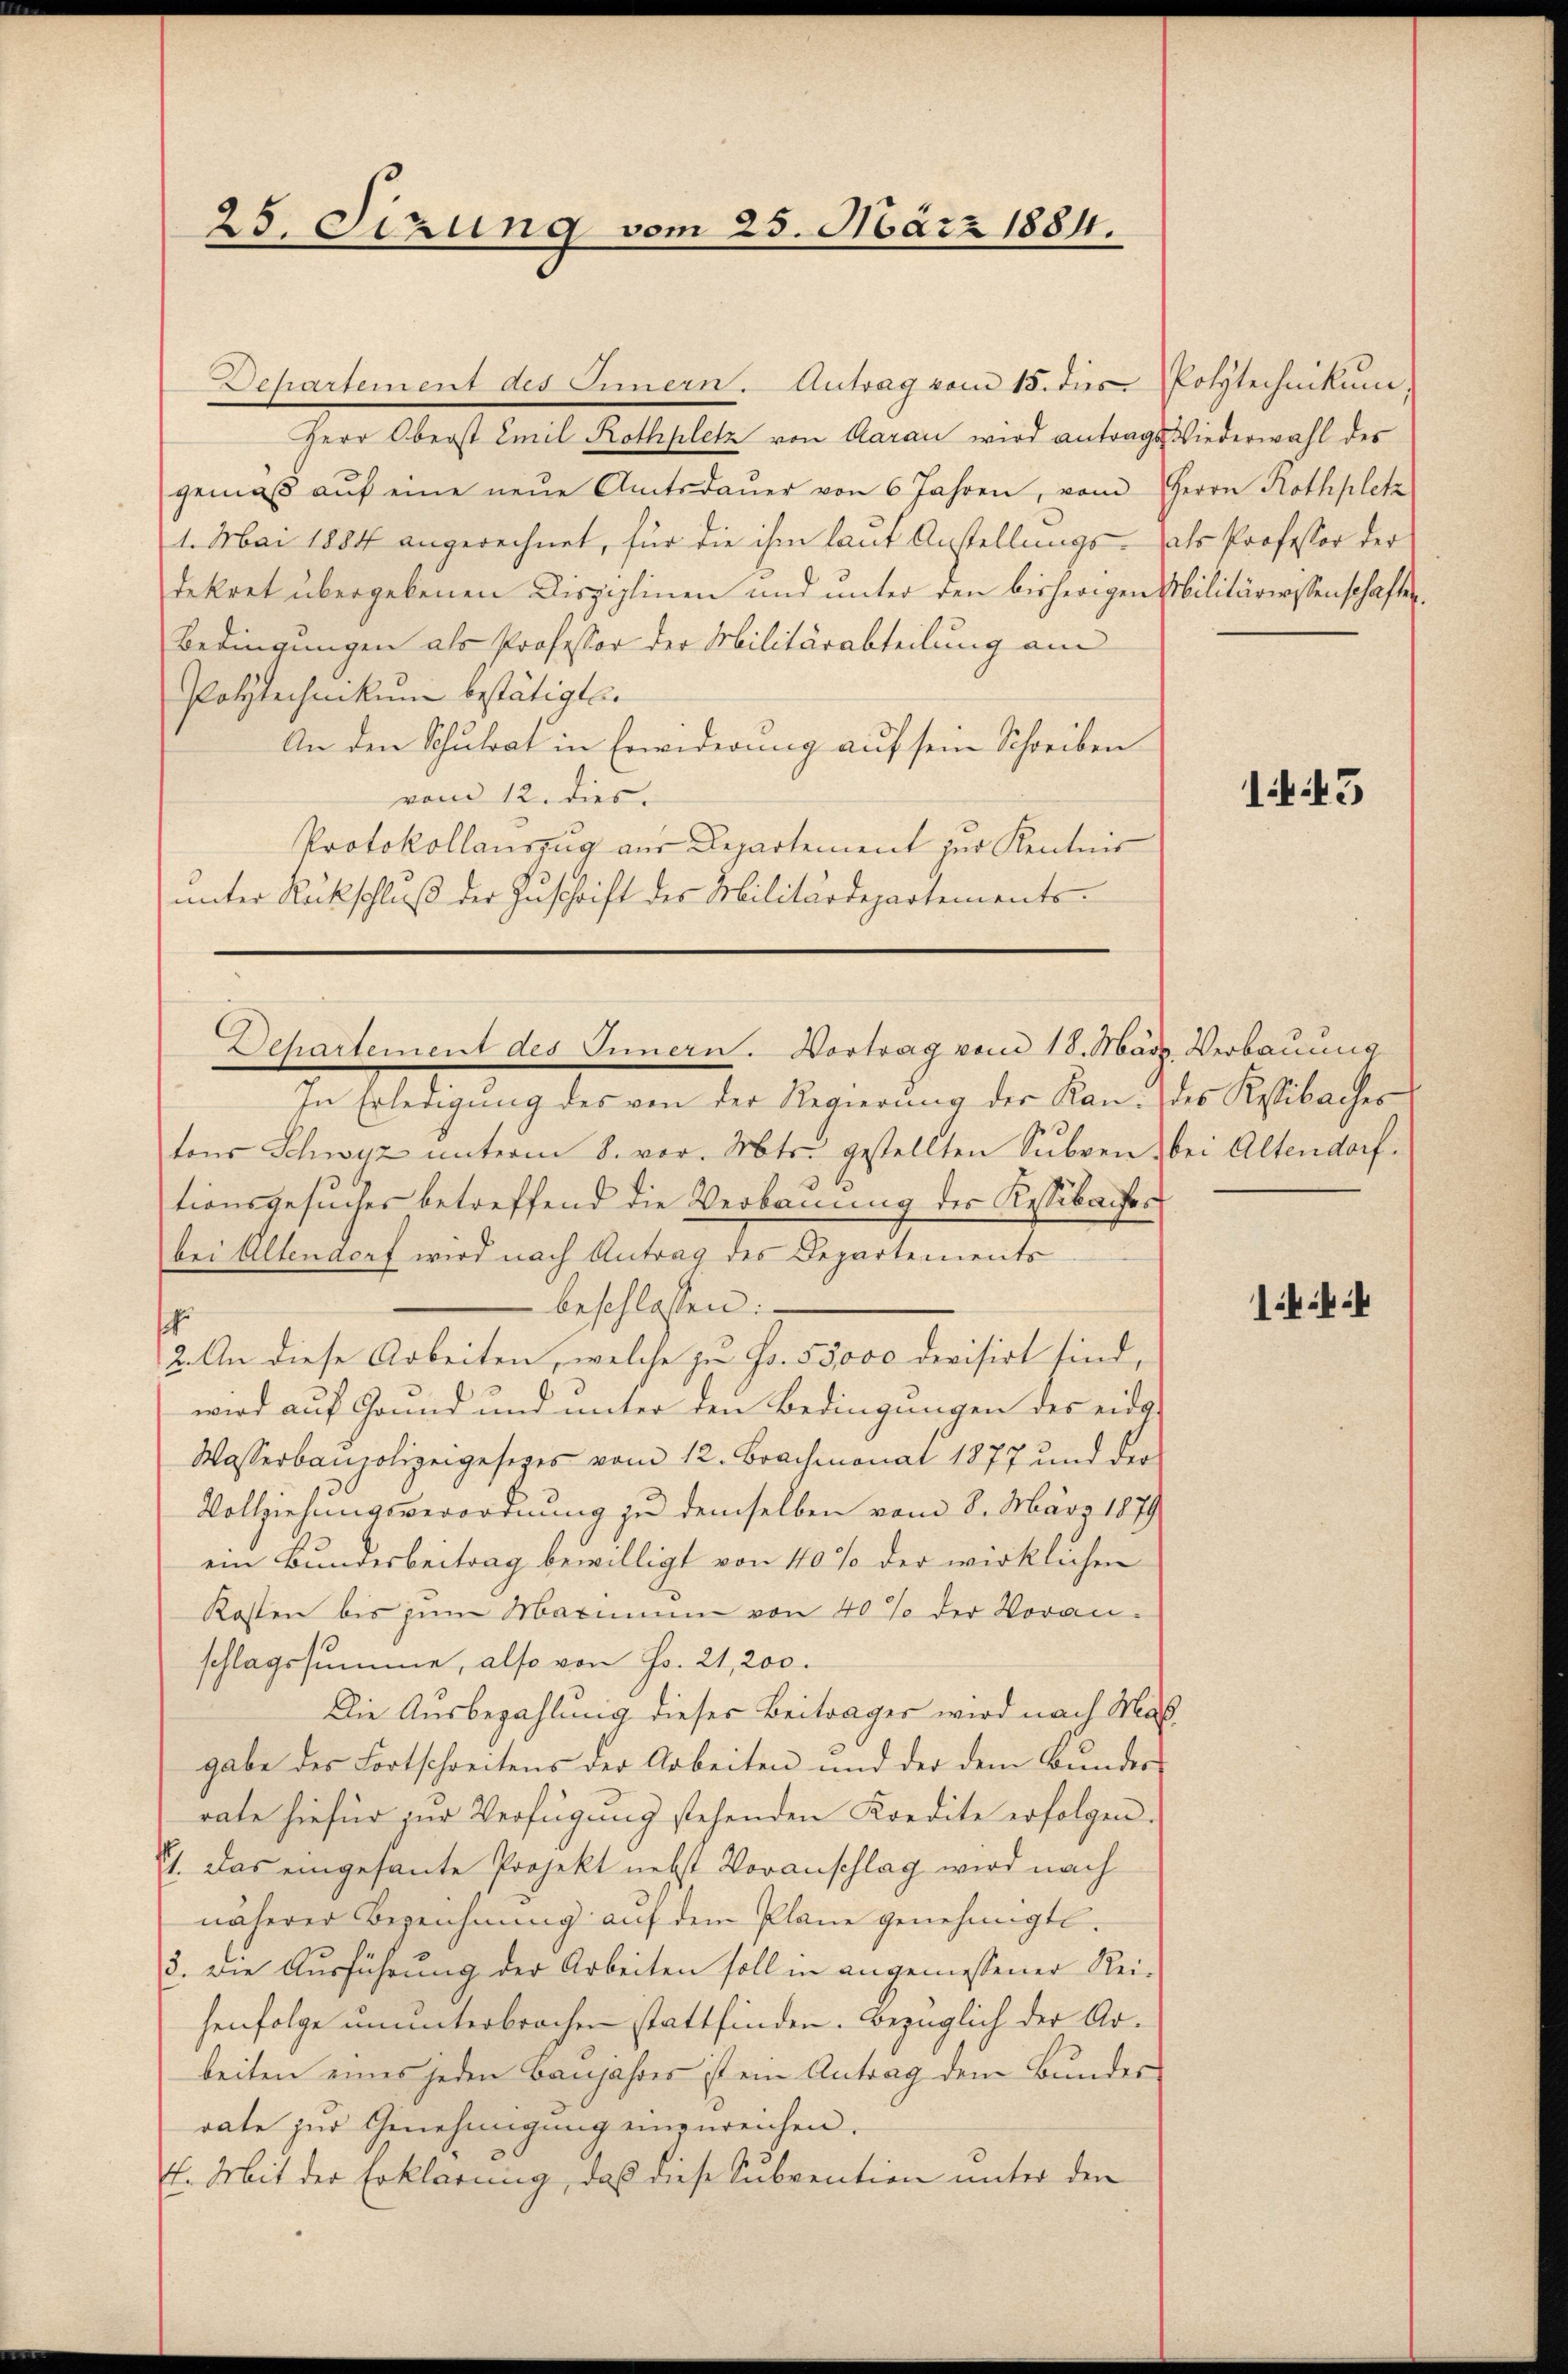
Dehartement des Innern. Antrag vom 15. dies
hrer Abrecht weil Sollhaller von Ammann wird antrageslieden wohl der
gemäβ aŭf eine neŭe Amtsdaŭer von 6 Jahren, vom Herrn Rothpletz
1. Mai 1884 angerechnet, für die ihm laut Anstellungs- als Professor der
dekret übergebenen Disziplinen und unter den bisherigen Militärwissenschaften
Bedingungen als Professor der Militärabteilung am
Polytechnikum bestätigt.
An den Schulrat in Erwiderung auf sein Schreiben
vom 12. dies
Protokollauszug aus Departement zur Kenntnis
unter Rückschluß der Zuschrift des Militärdepartements-

25. Sizung vom 25. März 1884.

Dehartement des Innern. Vortrag vom 18. März. Verbauung

In Erledigung des von der Regierung der Kan des Kessibaches
tons Schwyz unterm 8. vor. Mts. gestellten Subven, bei Altendorf.
tionsgesuches betreffend die Verbauung des Resibaches
bei Altendorf wird nach Antrag des Departements
beschlossen:
sch
2. An diese Arbeiten, welche zu Fr. 55,000 devisirt sind,
wird auf Grund und unter den Bedingungen des eides
Wasserbaupolizeigesezes vom 12. Brachmonat 1877 und der
Vollziehungsverordnung zu demselben vom 8. März 1879
ein Bundesbeitrag bewilligt von 40% der wirklichen
Kosten bis zum Maximum von 40% der Voran-
schlagssumme, also von Fr. 21,200.
Die Ausbezahlung dieses Beitrages wird nach Masgabe des Fortschreitens der Arbeiten und der dem Bundes
rate hiefür zur Verfügung stehenden Kredite erfolgen.
2). Das eingesante Projekt nebst Voranschlag wird nach
näherer Bezeichnung auf dem Plane genehmigt.
8. Die Ausführung der Arbeiten soll in angemessener Reihenfolge ununterbrochen stattfinden. Bezüglich der Arbeiten eines jeden Banjahres ist ein Antrag dem Bundes
rate zur Genehmigung einzureichen.
E. Mit der Erklärung, daß diese Subvention unter den

Polytechnikum,

143

144